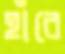
হাঁরে